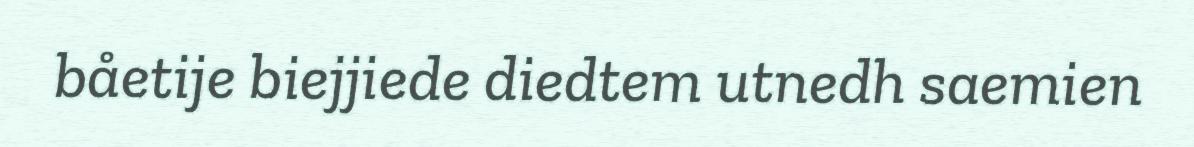
båetije biejjiede diedtem utnedh saemien